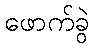
ဖောက်ခွဲ